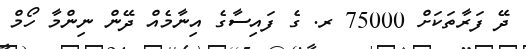
ދޭ ފަރާތަކަށް 75000 ރ. ގެ ފައިސާގެ އިނާމެއް ދޭން ނިންމާ ހޯމް